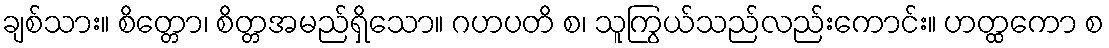
ချစ်သား။ စိတ္တော၊ စိတ္တအမည်ရှိသော။ ဂဟပတိ စ၊ သူကြွယ်သည်လည်းကောင်း။ ဟတ္ထကော စ